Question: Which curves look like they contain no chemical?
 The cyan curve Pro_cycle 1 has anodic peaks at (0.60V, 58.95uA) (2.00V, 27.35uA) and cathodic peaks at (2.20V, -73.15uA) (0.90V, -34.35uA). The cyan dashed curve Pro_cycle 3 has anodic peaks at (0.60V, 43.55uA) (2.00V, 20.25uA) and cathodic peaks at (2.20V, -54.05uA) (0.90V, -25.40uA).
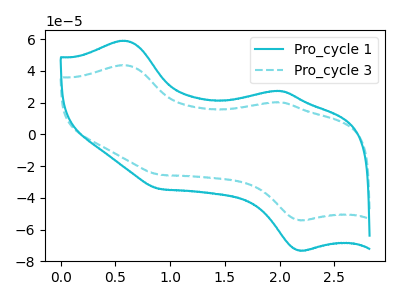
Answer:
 <answer>There are not any CV's on this graph that are likely to be blanks.</answer>
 <eval>none</eval>